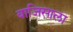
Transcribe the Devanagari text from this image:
बाजिसाला